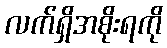
လက်ရှိအစိုးရကို